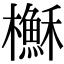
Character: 櫯